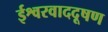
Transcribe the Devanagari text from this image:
ईश्वरवाददूषण